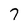
Character: 7